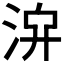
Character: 𣴁